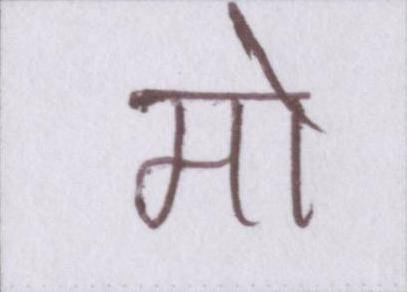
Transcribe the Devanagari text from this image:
मो